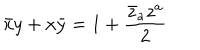
LaTeX: \bar { x } y + x \bar { y } = 1 + \frac { \bar { z } _ { a } z ^ { a } } { 2 }